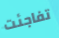
تفاجئت